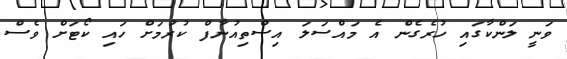
ވަނީ ލަންކާގައި ހުރެގެން އެ މައްސަލަ އިސްތިއުނާފް ކުރުމަށް ހައި ކޯޓަށް ވެސް